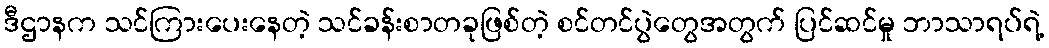
ဒီဌာနက သင်ကြားပေးနေတဲ့ သင်ခန်းစာတခုဖြစ်တဲ့ စင်တင်ပွဲတွေအတွက် ပြင်ဆင်မှု ဘာသာရပ်ရဲ့